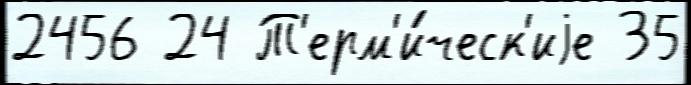
2456 24 Т'ерм'и́ческ'иjе 35